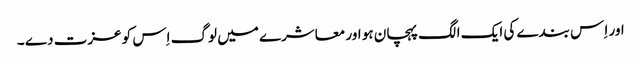
اور اِ س بندے کی ایک الگ پہچان ہو اور معاشرے میں لوگ اِس کو عزت دے ۔